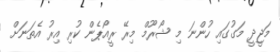
މަޖީދީ މަގުގައި ހުންނަ މި ޝޯރޫމް މިރޭ ރީއޯޕެން ކުރި އިރު އެތަނަށް